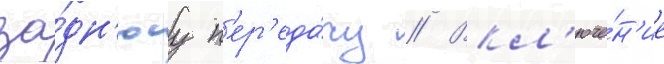
за́дн'юу п'ер'еда́чу // Вкл'юче́н'ие